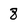
Character: 8